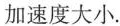
加速度大小.